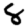
Digit: 8